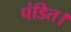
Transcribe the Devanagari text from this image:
पंडित।